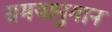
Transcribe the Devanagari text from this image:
समयानुमान